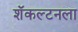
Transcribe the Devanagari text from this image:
शॅकल्टनला